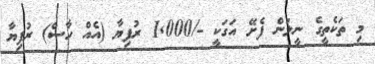
މި ތަކެތީގެ ނީލަން ފެށޭ އަގަކީ -/1